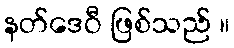
နတ်ဒေဝီ ဖြစ်သည် ။